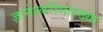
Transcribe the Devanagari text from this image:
ज्ञानेश्वरीसारख्या